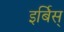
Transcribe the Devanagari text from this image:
इर्बिस्